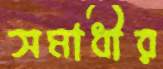
সমাধীর